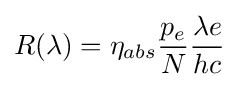
R(\lambda )=\eta _{abs}{\frac {p_{e}}{N}}{\frac {\lambda e}{hc}}